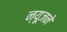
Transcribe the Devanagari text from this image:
न्यूजने